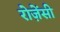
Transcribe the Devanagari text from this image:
रोज़ेंसी